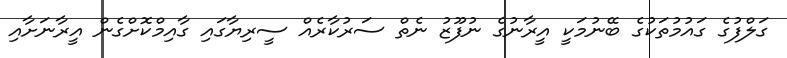
ގަލްފުގެ ގައުމުތަކުގެ ބޭނުމަކީ އީރާނުގެ ނުފޫޒު ނެތް ސަރުކާރެއް ސީރިޔާގައި ގާއިމްކޮށްގެން އީރާނަށާއި